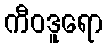
ကီဝဒူရော